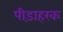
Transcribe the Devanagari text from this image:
पीड़ाहरक